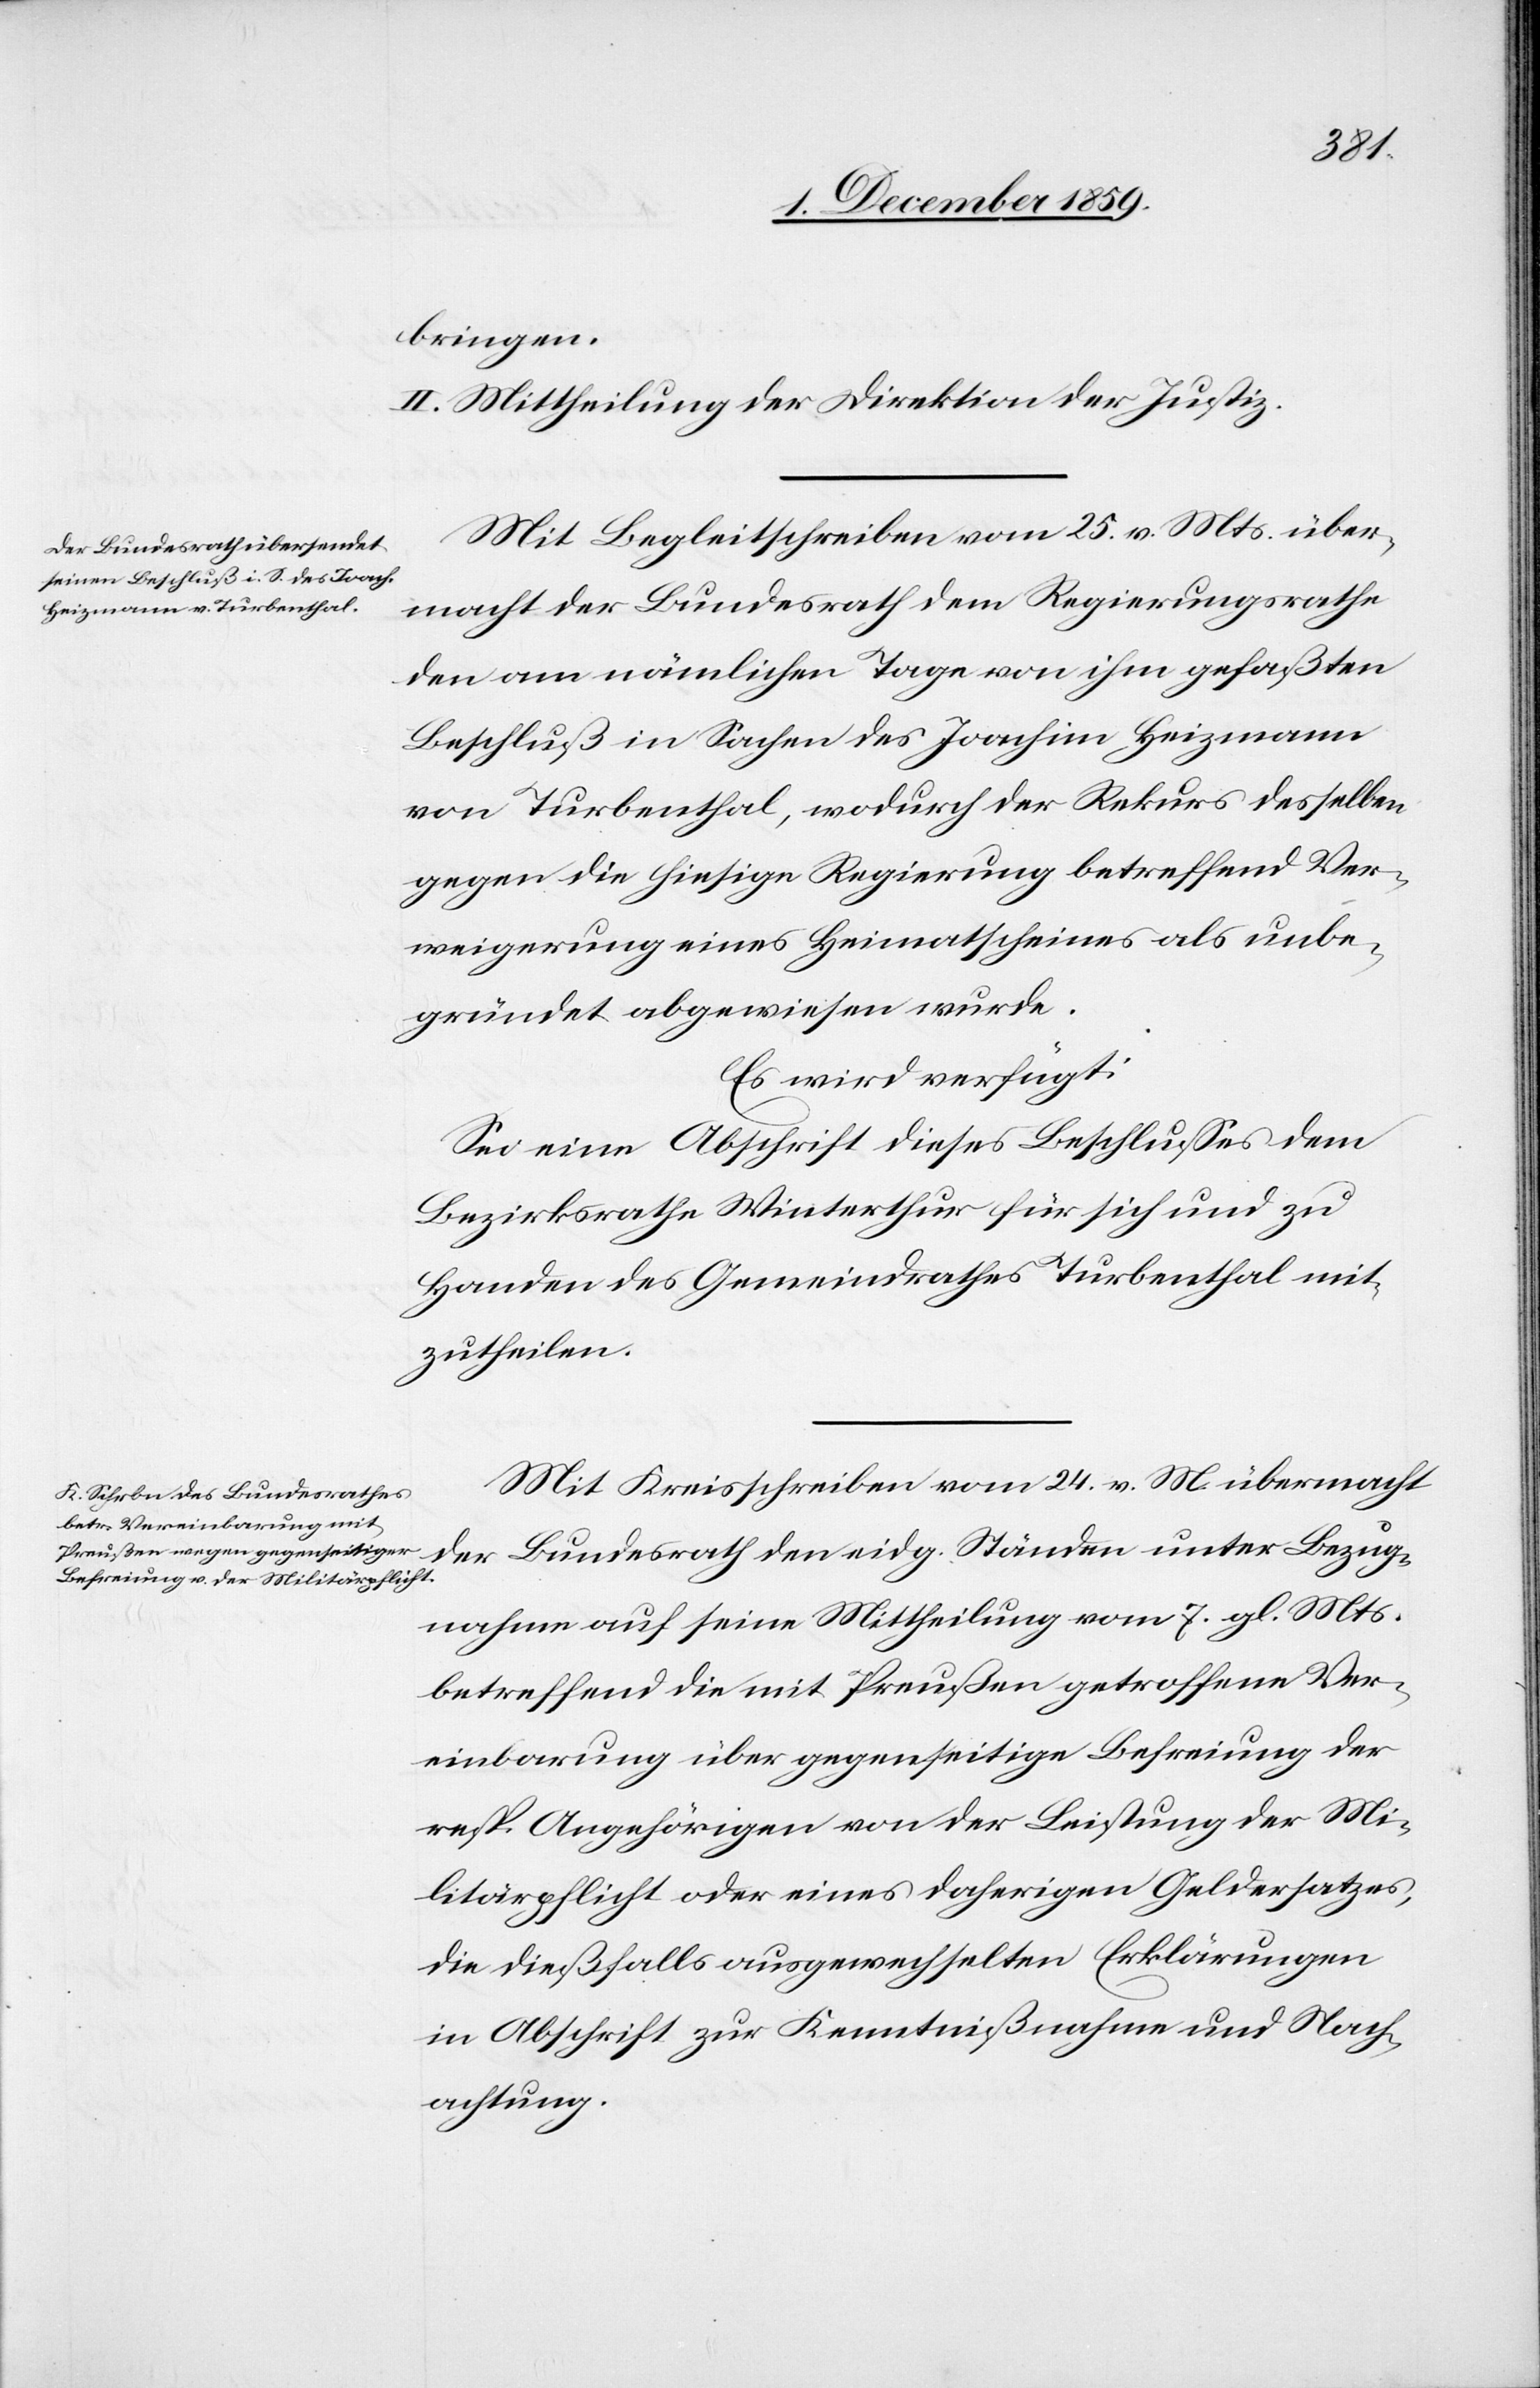
athe
bringen.
II. Mittheilung der Direktion der Justiz.
Mit Begleitschreiben vom 25. v. Mts. über¬
Ständen unter Bezug¬
den am nämlichen Tage von ihm gefaßten
Beschluß in Sachen des Joachim Heizmann
von Turbenthal, wodurch der Rekurs desselben
gegen die hiesige Regierung betreffend Ver¬
weigerung eines Heimatscheines als unbe¬
gründet abgewiesen wurde.
Es wird verfügt:
Sei eine Abschrift dieses Beschlusses dem
Bezirksrathe Winterthur für sich und zu
Handen des Gemeinderathes Turbenthal mit¬
zutheilen.
Mit Kreisschreiben vom 24. v. M. übermacht
nahme auf seine Mittheilung vom 7. gl. Mts.
betreffend die mit Preußen getroffene Ver¬
einbarung über gegenseitige Befreiung der
resp. Angehörigen von der Leistung der Mi¬
litärpflicht oder eines daherigen Geldersatzes,
die dießfalls ausgewechselten Erklärungen
in Abschrift zu Kenntnißnahme und Nach¬
achtung.